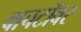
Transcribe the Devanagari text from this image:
वाचटॉवर